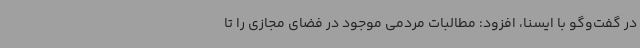
در گفت‌وگو با ایسنا، افزود: مطالبات مردمی موجود در فضای مجازی را تا